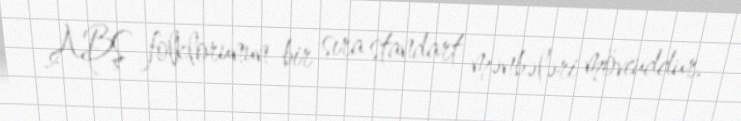
ABŞ folklorunun bir sıra standart mənbələri mövcuddur.